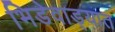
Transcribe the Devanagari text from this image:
भिडेवाड्यात